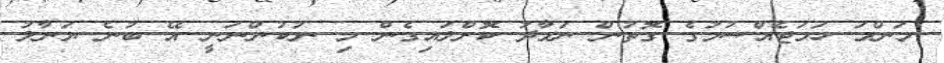
މަންމަ ހަމަޖެއްސުމުގެ ގޮތުން ނަމާދު ކޮށްލައިގެން މި ނުކުންނަނީ އޭ ބުނެ ޔަނާލު